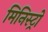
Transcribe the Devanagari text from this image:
मिनिस्ट्रो